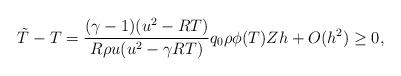
LaTeX: \begin{align*}\tilde{T}-T=\frac{(\gamma -1)(u^2-RT)}{R\rho u(u^2-\gamma RT)}q_0\rho\phi(T)Zh+O(h^2)\geq 0,\end{align*}